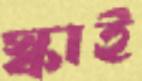
স্কাই